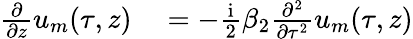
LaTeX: \begin{array}{rl}{\frac{\partial}{\partial z}u_{m}(\tau,z)}&{{}=-\frac{\mathrm{i}}{2}\beta_{2}\frac{\partial^{2}}{\partial\tau^{2}}u_{m}(\tau,z)}\end{array}